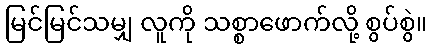
မြင်မြင်သမျှ လူကို သစ္စာဖောက်လို့ စွပ်စွဲ။